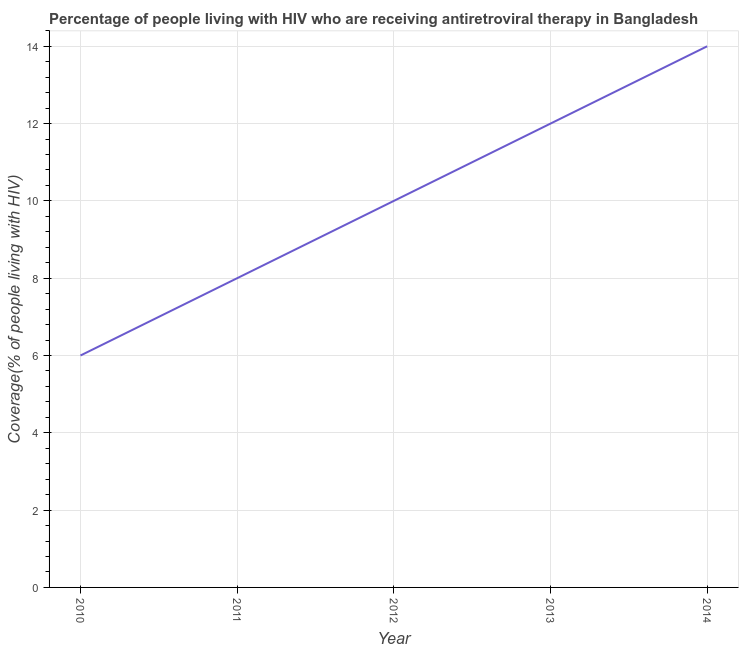
| Year | Antiretroviral therapy coverage |
 | --- | --- |
 | 2010 | 6 |
 | 2011 | 8 |
 | 2012 | 10 |
 | 2013 | 12 |
 | 2014 | 14 |